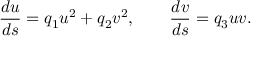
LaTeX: { \frac { d u } { d s } } = q _ { 1 } u ^ { 2 } + q _ { 2 } v ^ { 2 } , \qquad { \frac { d v } { d s } } = q _ { 3 } u v .